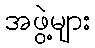
အဖွဲ့များ